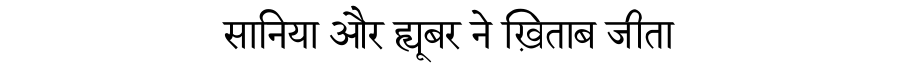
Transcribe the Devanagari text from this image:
सानिया और ह्यूबर ने ख़िताब जीता